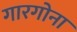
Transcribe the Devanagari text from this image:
गारगोना